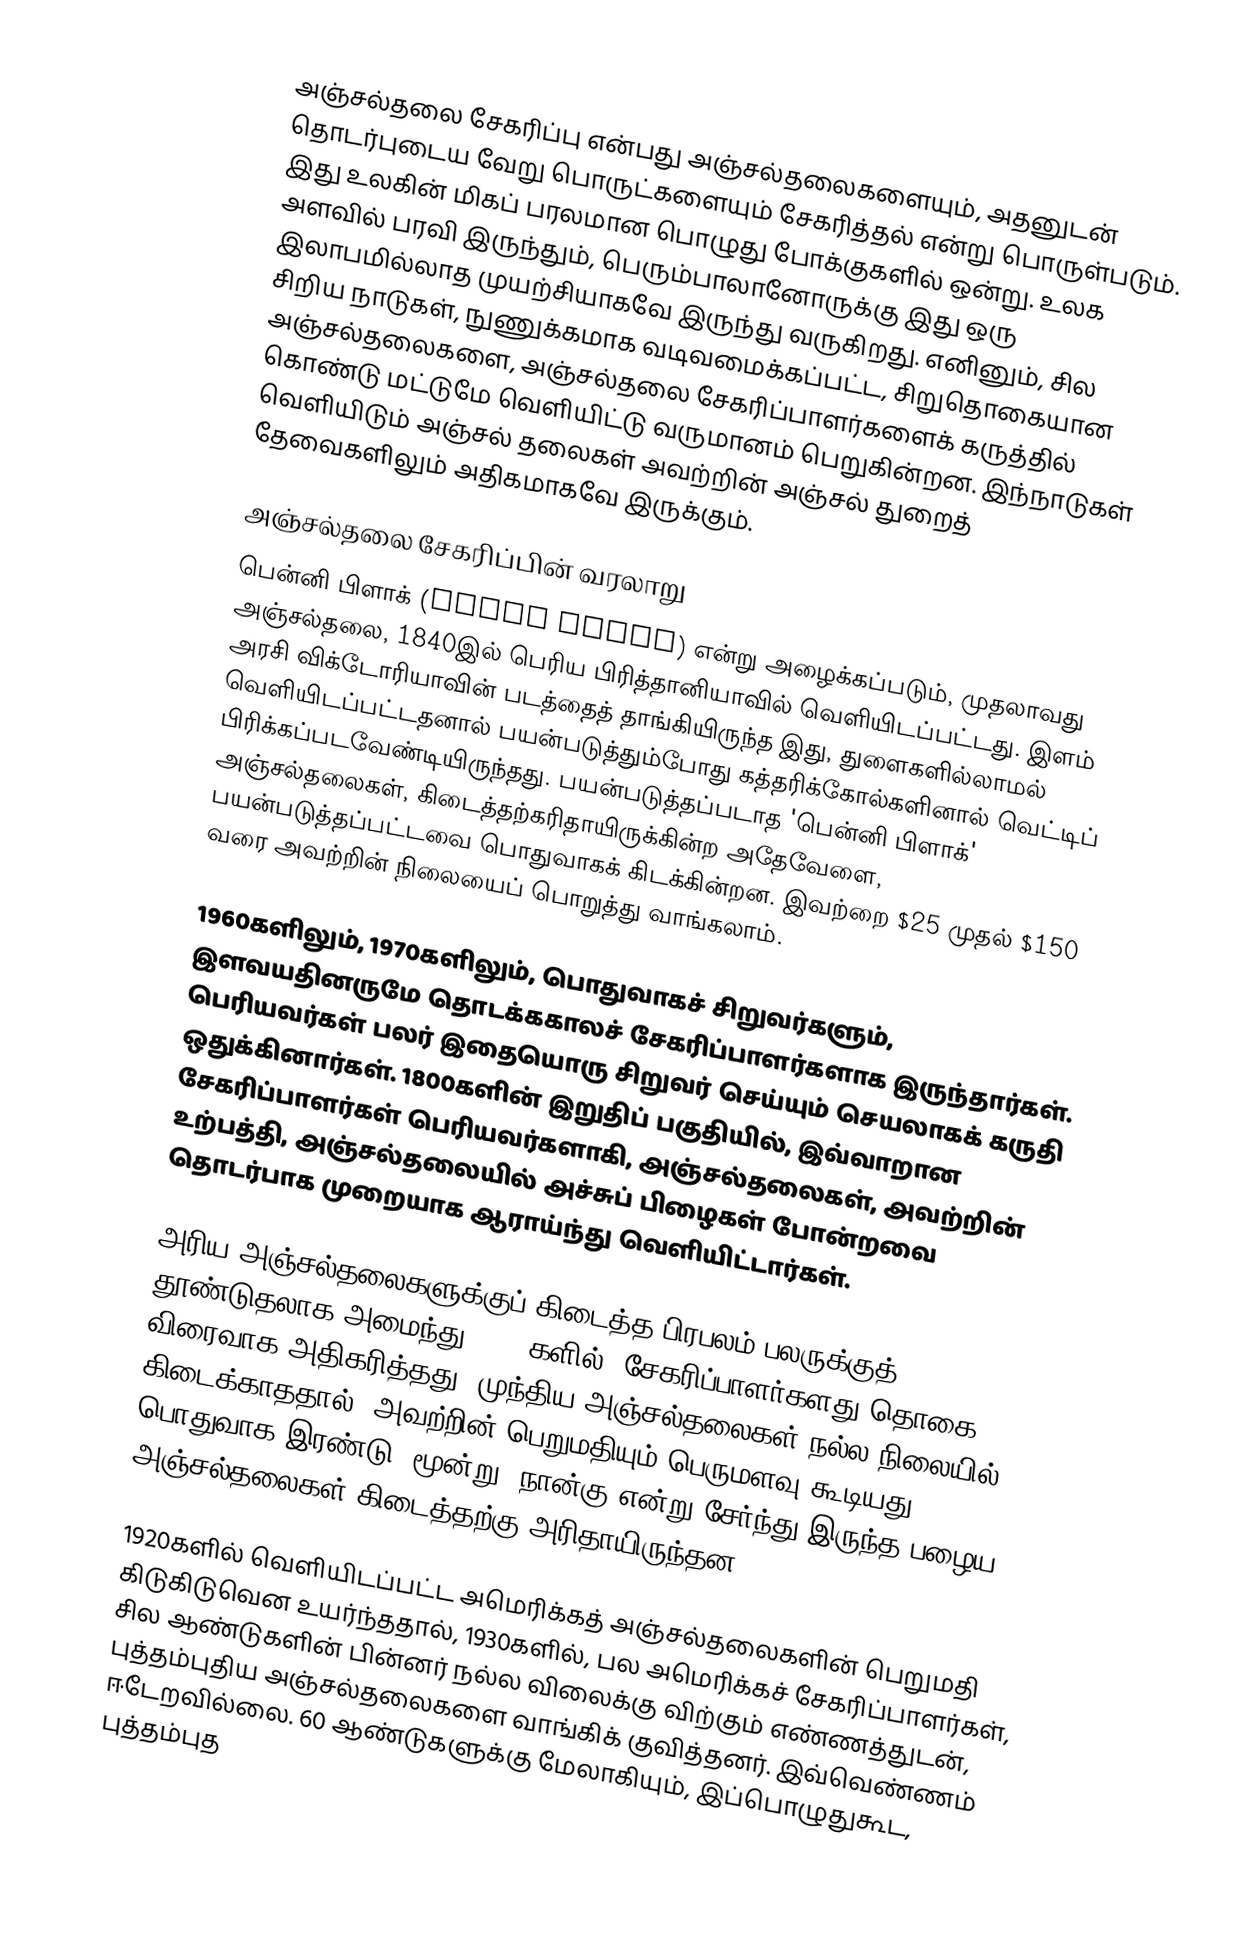
அஞ்சல்தலை சேகரிப்பு என்பது அஞ்சல்தலைகளையும், அதனுடன் தொடர்புடைய வேறு பொருட்களையும் சேகரித்தல் என்று பொருள்படும். இது உலகின் மிகப் பரலமான பொழுது போக்குகளில் ஒன்று. உலக அளவில் பரவி இருந்தும், பெரும்பாலானோருக்கு இது ஒரு இலாபமில்லாத முயற்சியாகவே இருந்து வருகிறது. எனினும், சில சிறிய நாடுகள், நுணுக்கமாக வடிவமைக்கப்பட்ட, சிறுதொகையான அஞ்சல்தலைகளை, அஞ்சல்தலை சேகரிப்பாளர்களைக் கருத்தில் கொண்டு மட்டுமே வெளியிட்டு வருமானம் பெறுகின்றன. இந்நாடுகள் வெளியிடும் அஞ்சல் தலைகள் அவற்றின் அஞ்சல் துறைத் தேவைகளிலும் அதிகமாகவே இருக்கும்.

அஞ்சல்தலை சேகரிப்பின் வரலாறு
பென்னி பிளாக் (Penny Black) என்று அழைக்கப்படும், முதலாவது அஞ்சல்தலை, 1840இல் பெரிய பிரித்தானியாவில் வெளியிடப்பட்டது. இளம் அரசி விக்டோரியாவின் படத்தைத் தாங்கியிருந்த இது, துளைகளில்லாமல் வெளியிடப்பட்டதனால் பயன்படுத்தும்போது கத்தரிக்கோல்களினால் வெட்டிப் பிரிக்கப்படவேண்டியிருந்தது. பயன்படுத்தப்படாத 'பென்னி பிளாக்' அஞ்சல்தலைகள், கிடைத்தற்கரிதாயிருக்கின்ற அதேவேளை, பயன்படுத்தப்பட்டவை பொதுவாகக் கிடக்கின்றன. இவற்றை $25 முதல் $150 வரை அவற்றின் நிலையைப் பொறுத்து வாங்கலாம்.

1960களிலும், 1970களிலும், பொதுவாகச் சிறுவர்களும், இளவயதினருமே தொடக்ககாலச் சேகரிப்பாளர்களாக இருந்தார்கள். பெரியவர்கள் பலர் இதையொரு சிறுவர் செய்யும் செயலாகக் கருதி ஒதுக்கினார்கள். 1800களின் இறுதிப் பகுதியில், இவ்வாறான சேகரிப்பாளர்கள் பெரியவர்களாகி, அஞ்சல்தலைகள், அவற்றின் உற்பத்தி, அஞ்சல்தலையில் அச்சுப் பிழைகள் போன்றவை தொடர்பாக முறையாக ஆராய்ந்து வெளியிட்டார்கள்.

அரிய அஞ்சல்தலைகளுக்குப் கிடைத்த பிரபலம் பலருக்குத் தூண்டுதலாக அமைந்து, 1920களில், சேகரிப்பாளர்களது தொகை விரைவாக அதிகரித்தது.  முந்திய அஞ்சல்தலைகள் நல்ல நிலையில் கிடைக்காததால், அவற்றின் பெறுமதியும் பெருமளவு கூடியது. பொதுவாக இரண்டு, மூன்று, நான்கு என்று சேர்ந்து இருந்த பழைய அஞ்சல்தலைகள் கிடைத்தற்கு அரிதாயிருந்தன.

1920களில் வெளியிடப்பட்ட அமெரிக்கத் அஞ்சல்தலைகளின் பெறுமதி கிடுகிடுவென உயர்ந்ததால், 1930களில், பல அமெரிக்கச் சேகரிப்பாளர்கள், சில ஆண்டுகளின் பின்னர் நல்ல விலைக்கு விற்கும் எண்ணத்துடன், புத்தம்புதிய அஞ்சல்தலைகளை வாங்கிக் குவித்தனர். இவ்வெண்ணம் ஈடேறவில்லை. 60 ஆண்டுகளுக்கு மேலாகியும், இப்பொழுதுகூட, புத்தம்புத